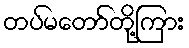
တပ်မတော်တို့ကြား